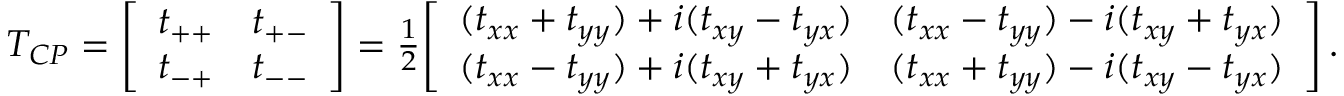
\begin{array} { r } { T _ { C P } = \left[ \begin{array} { c c } { t _ { + + } } & { t _ { + - } } \\ { t _ { - + } } & { t _ { -- } } \end{array} \right] = \frac { 1 } { 2 } \! \left[ \begin{array} { c c } { ( t _ { x x } + t _ { y y } ) + i ( t _ { x y } - t _ { y x } ) } & { ( t _ { x x } - t _ { y y } ) - i ( t _ { x y } + t _ { y x } ) } \\ { ( t _ { x x } - t _ { y y } ) + i ( t _ { x y } + t _ { y x } ) } & { ( t _ { x x } + t _ { y y } ) - i ( t _ { x y } - t _ { y x } ) } \end{array} \right] . } \end{array}